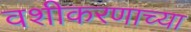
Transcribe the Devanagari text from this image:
वशीकरणाच्या